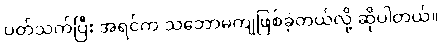
ပတ်သက်ပြီး အရင်က သဘောမကျဖြစ်ခဲ့တယ်လို့ ဆိုပါတယ်။